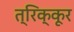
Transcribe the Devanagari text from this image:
त्रिक्कूर